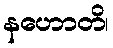
နဟောတိ၊